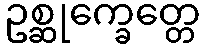
ဥစ္ဆုက္ခေတ္တေ